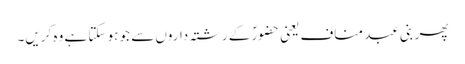
پھر بنی عبد مناف یعنی حضورؐ کے رشتہ داروں سے جو ہو سکتا ہے وہ کریں۔